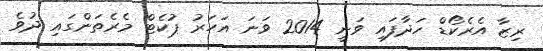
ރިޒާ އެރެކޯޑް ހަދާފައި ވަނީ 2014 ވަނަ އަހަރު ޕުކެޓް މެރެތަންގައި ދުވެ